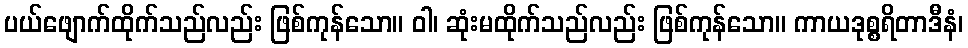
ပယ်ဖျောက်ထိုက်သည်လည်း ဖြစ်ကုန်သော။ ဝါ၊ ဆုံးမထိုက်သည်လည်း ဖြစ်ကုန်သော။ ကာယဒုစ္စရိတာဒီနံ၊